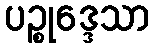
ပဉ္စုဒ္ဒေသာ